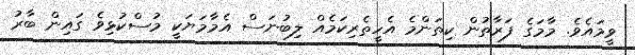
ވީމައެވެ. މާމަގެ ފަރާތުން ކިތަންމެ އެހީތެރިކަމެއް ލިބުނަސް އެމާމަޔަކީ މުސްކުޅިވެ ގައިން ބާރު